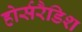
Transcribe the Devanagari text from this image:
होर्सरैडिश